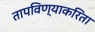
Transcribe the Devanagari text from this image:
तापविण्याकरिता